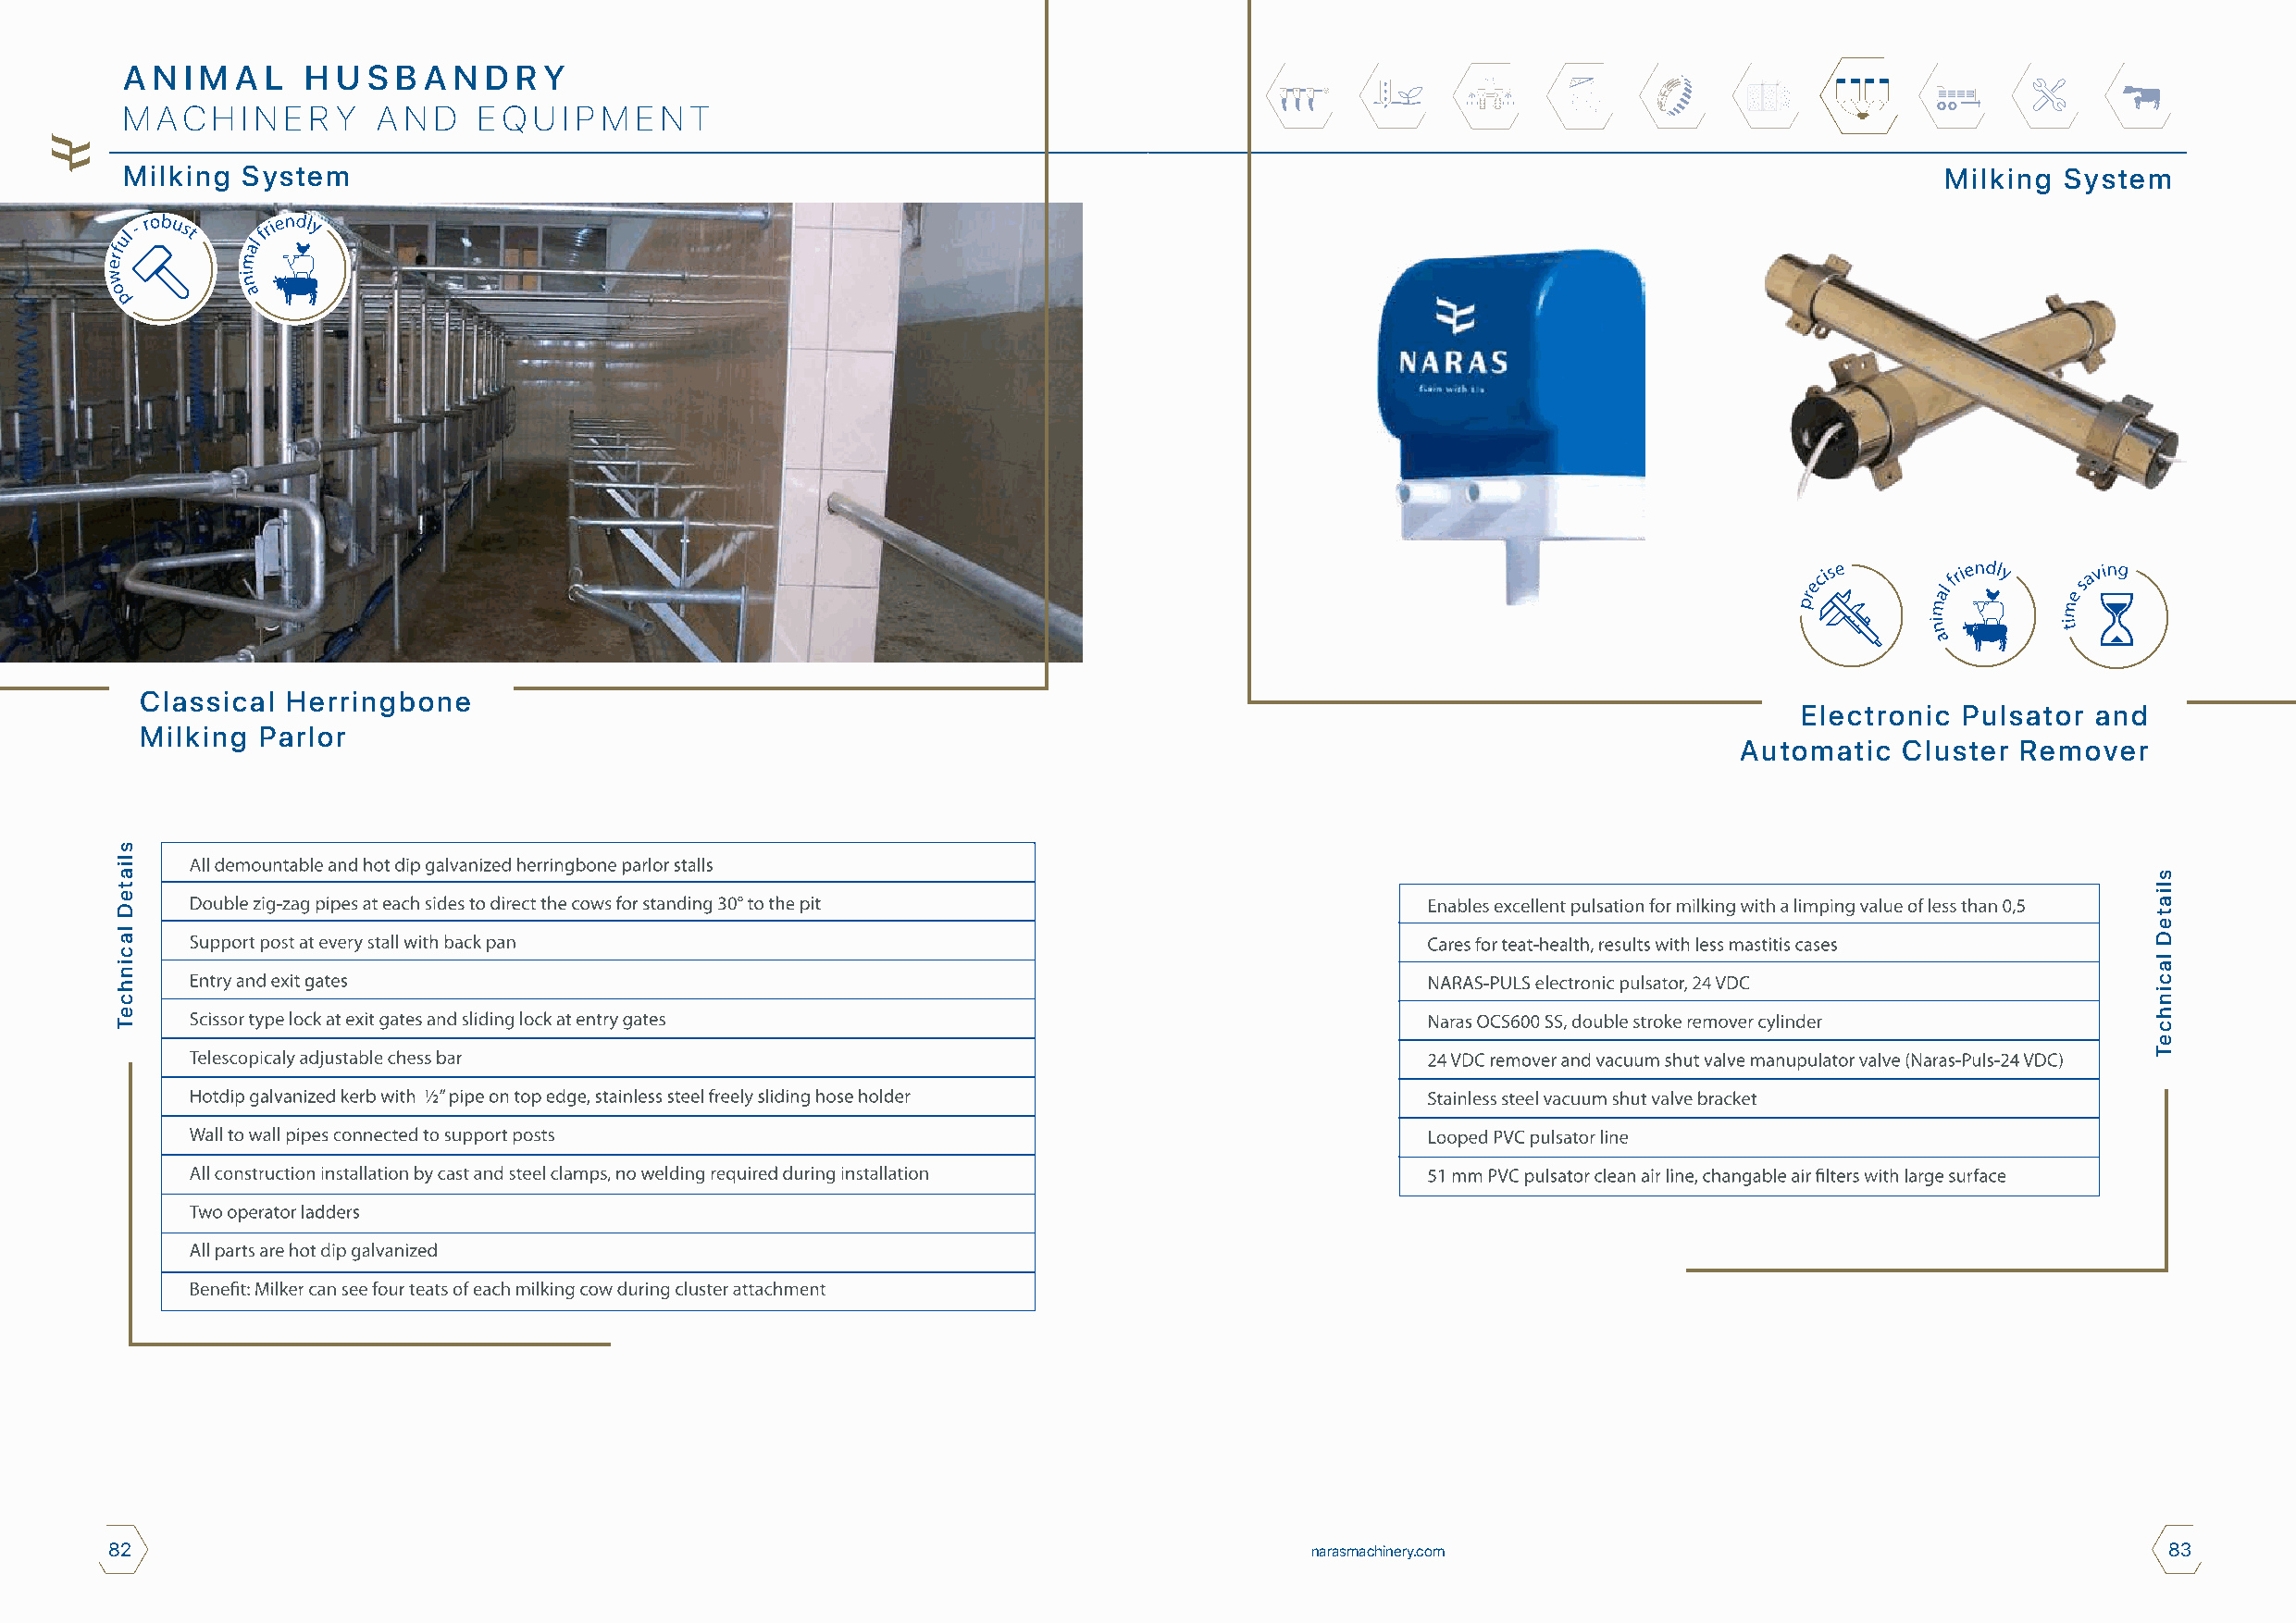
A N I M A L  H U S B A N  D R Y
 M A C H I N E R Y A N D  E Q U I P M E N T
 Milking System                                                                                                                    Milking  System
 Classical Herringbone
 Electronic Pulsator  and
 Milking  Parlor
 Automatic   Cluster Remover
 82                                                                                    narasmachinery.com                                           83
 sliateD
 lacinhceT
 sliateD
 lacinhceT